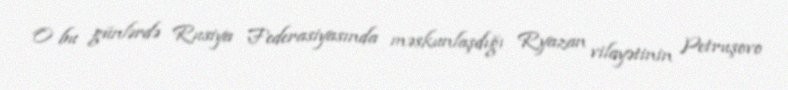
O bu günlərdə Rusiya Federasiyasında məskunlaşdığı Ryazan vilayətinin Petruşovo